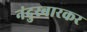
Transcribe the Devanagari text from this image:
नंदुरबारकर